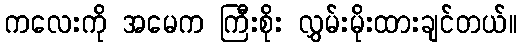
ကလေးကို အမေက ကြီးစိုး လွှမ်းမိုးထားချင်တယ်။